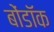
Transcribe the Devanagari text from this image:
बोंडॉक